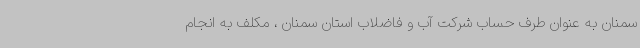
سمنان به عنوان طرف حساب شرکت آب و فاضلاب استان سمنان ، مکلف به انجام